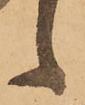
候